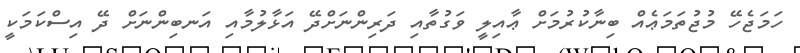
ހަމަޖެހޭ މުޖުތަމަޢެއް ބިނާކުރުމަށް ޢާއިލީ ވަގުތާއި ދަރިންނަށްދޭ އަޅާލުމާއި އަނބިންނަށް ދޭ އިސްކަމަކީ